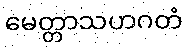
မေတ္တာသဟဂတံ